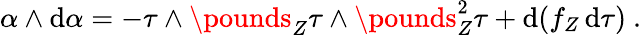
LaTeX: \alpha\wedge\mathrm{d}\alpha=-\tau\wedge\pounds_{Z}\tau\wedge\pounds_{Z}^{2}\tau+\mathrm{d}(f_{Z}\, \mathrm{d}\tau)\ .